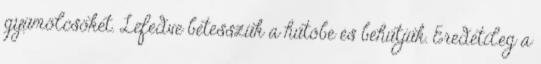
gyümölcsöket. Lefedve betesszük a hűtőbe és behűtjük. Eredetileg a